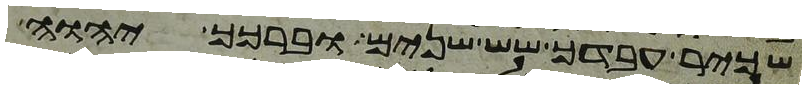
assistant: שכיר עבדך שש שנים וברכך יהוה